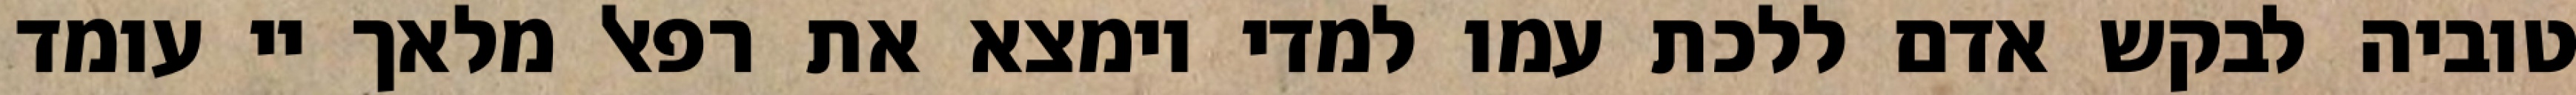
טוביה לבקש אדם ללכת עמו למדי וימצא את רפאל מלאך יי עומד